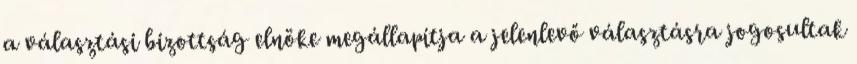
a választási bizottság elnöke megállapítja a jelenlevő választásra jogosultak